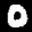
Label: 0